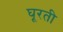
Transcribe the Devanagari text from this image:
घूरती